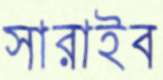
সারাইব